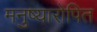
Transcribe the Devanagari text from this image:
मनुष्यारोपित